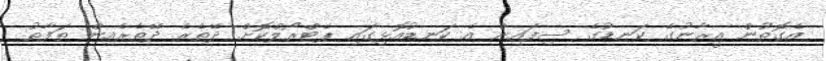
އެގޮތުން އީރާނުގެ ކަނޑުގެ ސިފައިން އެ ކަނޑުއޮޅިގައި ޕެޓްރޯލްކޮށް ދޭތެރެ ދޭތެރެއިން ތަފާތު